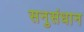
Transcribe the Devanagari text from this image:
सनुसंधान